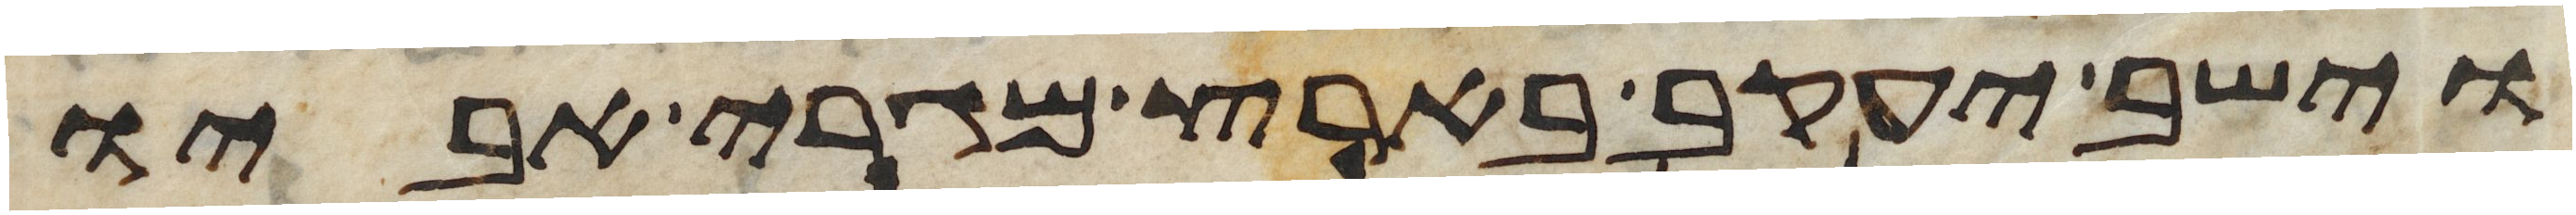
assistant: וישב יעקב בארץ מגרי אביו